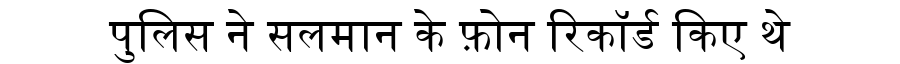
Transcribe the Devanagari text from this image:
पुलिस ने सलमान के फ़ोन रिकॉर्ड किए थे